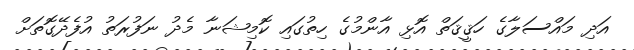
އަދި މައްސަލާގެ ހަޤީޤަތް އޮޅި އާންމުގެ ހިތުގައި ކޮމިޝަނާ މެދު ނަފުރަތު އުފެދޭގޮތަށް